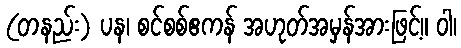
(တနည်း) ပန၊ စင်စစ်ဧကန် အဟုတ်အမှန်အားဖြင့်။ ဝါ၊